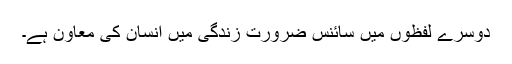
دوسرے لفظوں میں سائنس ضرورت زندگی میں انسان کی معاون ہے۔